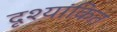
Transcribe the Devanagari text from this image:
दृश्यांकित